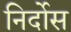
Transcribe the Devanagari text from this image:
निर्दोस